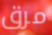
مرق